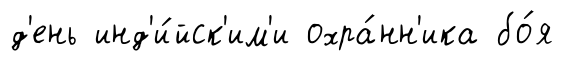
д'ень инд'и́йск'им'и охра́нн'ика бо́я